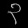
Digit: ၃